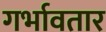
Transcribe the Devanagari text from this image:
गर्भावतार